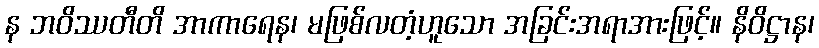
န ဘဝိဿတီတိ အာကာရေန၊ မဖြစ်လတံ့ဟူသော အခြင်းအရာအားဖြင့်။ နိဝိဋ္ဌာန၊